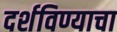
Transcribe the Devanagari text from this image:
दर्शविण्याचा